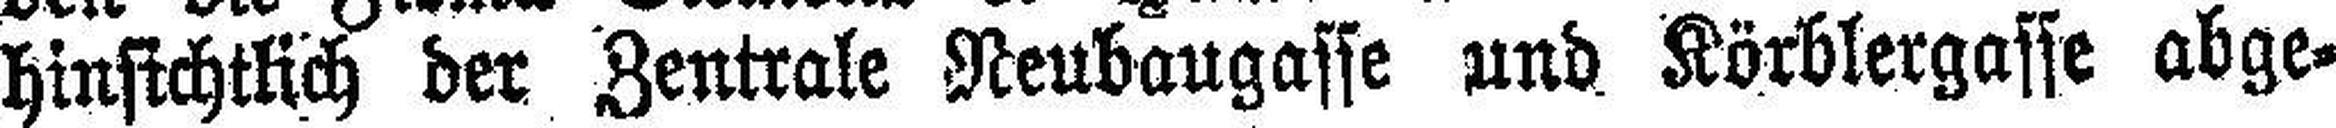
hinsichtlich der Zentrale Neubaugasse und Körblergasse abge¬